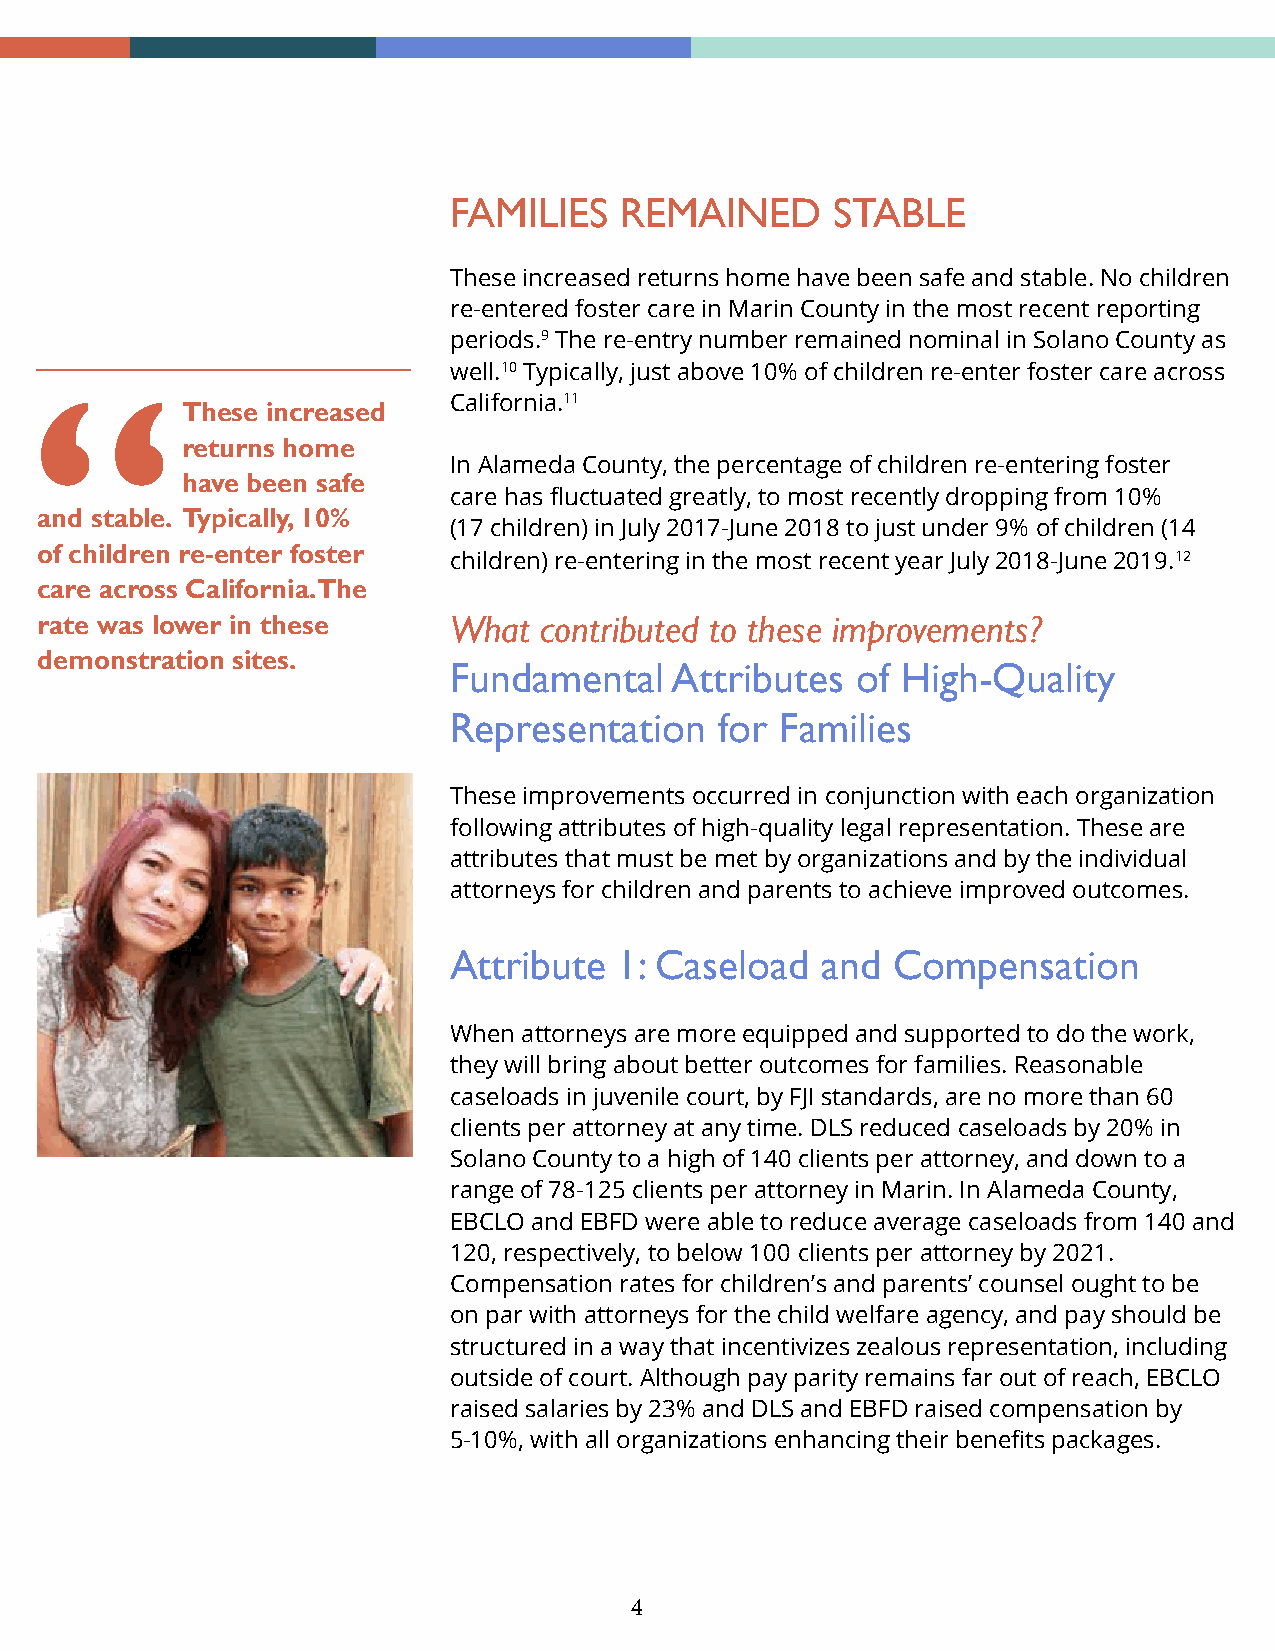
FAMILIES   REMAINED      STABLE
 These increased returns home have been safe and stable. No children
 re-entered foster care in Marin County in the most recent reporting
 periods.9 The re-entry number remained nominal in Solano County as
 well.10 Typically, just above 10% of children re-enter foster care across
 California.11
 These increased
 returns home
 In Alameda County, the percentage of children re-entering foster
 have been safe
 care has fluctuated greatly, to most recently dropping from 10%
 and stable. Typically, 10%
 (17 children) in July 2017-June 2018 to just under 9% of children (14
 of children re-enter foster
 children) re-entering in the most recent year July 2018-June 2019.12
 care across California. The
 rate was lower in these     What  contributed to these improvements?
 demonstration sites.
 Fundamental   Attributes   of High-Quality
 Representation    for Families
 These improvements occurred in conjunction with each organization
 following attributes of high-quality legal representation. These are
 attributes that must be met by organizations and by the individual
 attorneys for children and parents to achieve improved outcomes.
 Attribute  1: Caseload  and  Compensation
 When attorneys are more equipped and supported to do the work,
 they will bring about better outcomes for families. Reasonable
 caseloads in juvenile court, by FJI standards, are no more than 60
 clients per attorney at any time. DLS reduced caseloads by 20% in
 Solano County to a high of 140 clients per attorney, and down to a
 range of 78-125 clients per attorney in Marin. In Alameda County,
 EBCLO and EBFD were able to reduce average caseloads from 140 and
 120, respectively, to below 100 clients per attorney by 2021.
 Compensation rates for children’s and parents’ counsel ought to be
 on par with attorneys for the child welfare agency, and pay should be
 structured in a way that incentivizes zealous representation, including
 outside of court. Although pay parity remains far out of reach, EBCLO
 raised salaries by 23% and DLS and EBFD raised compensation by
 5-10%, with all organizations enhancing their benefits packages.
 4